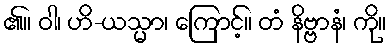
၏။ ဝါ၊ ဟိ-ယသ္မာ၊ ကြောင့်။ တံ နိဗ္ဗာနံ၊ ကို။